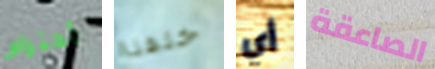
أحترام خلفنا أي الصاعقة